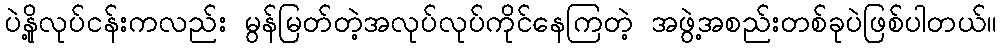
ပဲနို့လုပ်ငန်းကလည်း မွန်မြတ်တဲ့အလုပ်လုပ်ကိုင်နေကြတဲ့ အဖွဲ့အစည်းတစ်ခုပဲဖြစ်ပါတယ်။